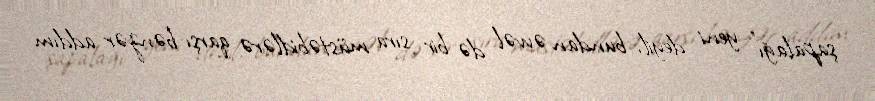
şapalağı” yeni deyil, bundan əvvəl də bir sıra müstəbidlərə qarşı bənzər addım